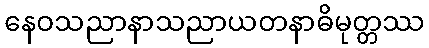
နေဝသညာနာသညာယတနာဓိမုတ္တဿ